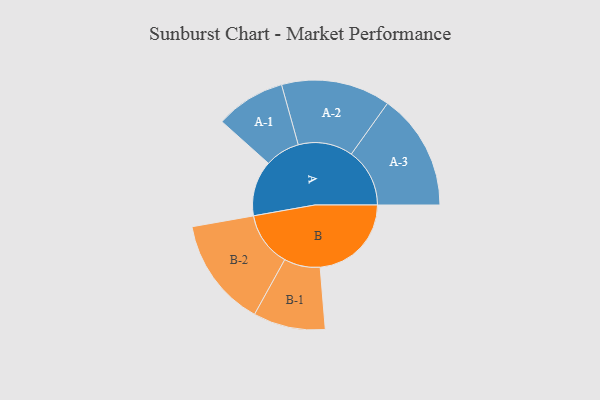
{"axis": {"x": "Segment", "y": "Value"}, "legend": ["", "A", "B"], "data": [{"x": "A", "y": 194, "type": ""}, {"x": "B", "y": 319, "type": ""}, {"x": "A-1", "y": 122, "type": "A"}, {"x": "A-2", "y": 191, "type": "A"}, {"x": "A-3", "y": 204, "type": "A"}, {"x": "B-1", "y": 126, "type": "B"}, {"x": "B-2", "y": 191, "type": "B"}]}